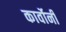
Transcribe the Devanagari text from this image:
कार्वोनी